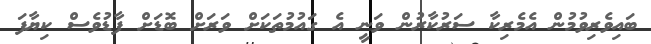
ބައިވެރިވުމުން އެމެރިކާ ސަރުކާރުން ވަނީ އެ ގައުމުތަކަށް ވަރަށް ބޮޑަށް ފާޑުވެސް ކިޔާފަ